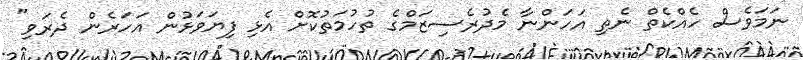
ނަމަވެސް ހެއްކެތް ނެތި އަހަންނާ މެދުރެސިޒަމްގެ ތުހުމަތުކޮށް އެޅި ފިޔަވަޅުން އަހަރެން ދެރަވި"